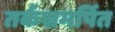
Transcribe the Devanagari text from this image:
तर्कसमर्पित